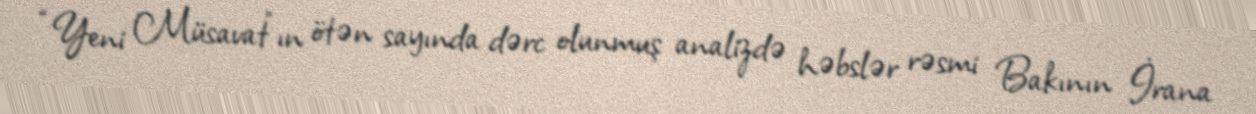
“Yeni Müsavat”ın ötən sayında dərc olunmuş analizdə həbslər rəsmi Bakının İrana